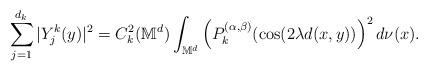
LaTeX: \begin{align*}\sum_{j=1}^{d_{k}}|Y_{j}^{k}(y)|^{2}=C_{k}^{2}(\mathbb{M}^{d})\int_{\mathbb{M}^{d}}\left( P_{k}^{(\alpha ,\beta )}(\cos (2\lambda d(x,y))\right) ^{2}d\nu(x). \end{align*}